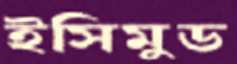
ইসিমুড